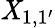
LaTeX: \mathit{X}_{1,1^{\prime}}